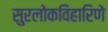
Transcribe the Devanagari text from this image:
सुरलोकविहारिणे